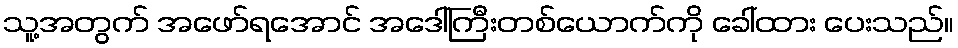
သူ့အတွက် အဖော်ရအောင် အဒေါ်ကြီးတစ်ယောက်ကို ခေါ်ထား ပေးသည်။